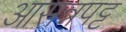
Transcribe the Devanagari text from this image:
आसन्नपट्ट